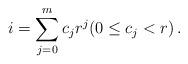
LaTeX: \begin{align*} i=\sum_{j=0}^m c_j r^j(0\le c_j<r)\,. \end{align*}